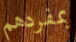
بمفردهم